Statistical return of the lunatic asylum in Assam - 1912-1932
Year: 1912
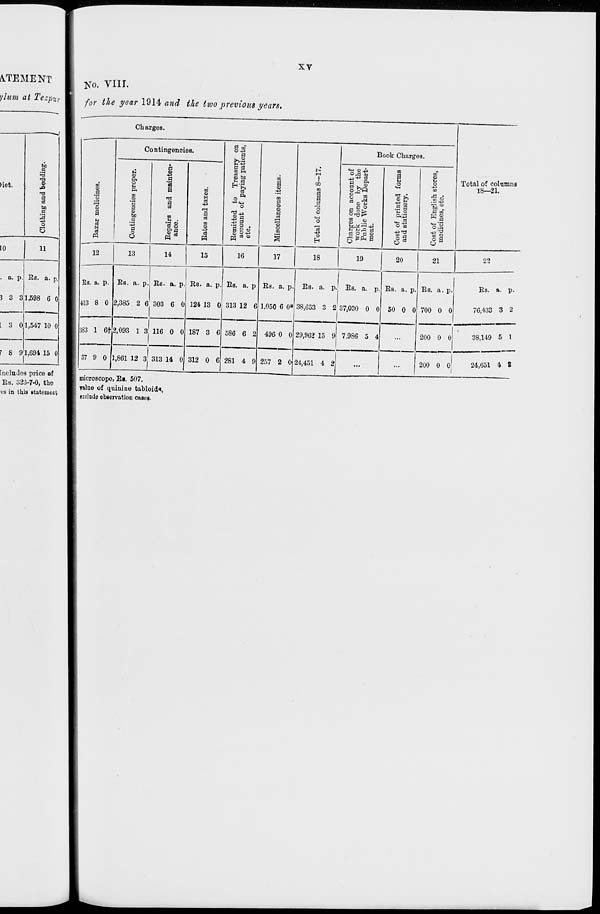
XV
kTEMENT
>/lum at Tezput
>iet.
Clothing and bedding.
10
11
. a. p.
3 3 3
Rs. a. p.
1,598 6 0
I 3 0 1,547 10 0
I 8 9 1
1,694 15 0
fncludos price of
Rs. ;>23-7-0, the
es in this statement
No. viir.
for the year 1914- and the two previous gears.
Chargos.
<s
a
'8
fa
to
a
u
eS
N
03
Contingencies.
u
o
P.
o
i->
P.
o
a
bo
a
S
a
o
c
a
03
"J3 °->
as
M
12
03
0J
M
«
a
03
m
OJ
-U
03
M
e oT
a
H
S3 Pi
5 bo
H o?
8 a
'a § o
a o
m
a
o
cj
I
CJ
13
Ra. a. p.
413 8 0
383 1 6t
14
15
16
17
Rs. a. p. Rs. a. p
2,385 2 6, 303 6 0
2,093 1 3 116 0 0
Rs. a. p
124 13 0
187 3 6
!
37 9 0 [l,861 12 3,' 313 14 Oj 312 0 6
Rs. a. p
313 12 6i
Rs. a. p.
1.050 6 0*
o
o
o
EH
18
Book Charges.
UH 0J J,
a
&
ra O P
M a o
5 9fe
3
o
P .-:3 •
bo^: >-<+3
3 o
a
DO
a
M
O
OJ r>
Si H O
P.+3
O m
3
©
tn
<D
O
C in
EH OJ
" a
W 03
Q a
Total of columns
18—21.
19
Rs. a. p. Rs. a. p
38,653 3 237,030 0 0
20
586 6 2,
281 4 9
496 0 0
257 2 0J
29,962 15 9 7,986 5 4
Rs. a. p
50 0 0
21
9.9.
Rs. a. p.
700 0 0
Rs. a. p.
76,433 3 2
24,451 4 2
microscope, Ri. 507.
T&lae of quinine tabloid*,
exclude observation cases.
200 0 0
38,149 5 1
200 0 0 1
24,651 4 8